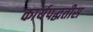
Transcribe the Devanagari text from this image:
कार्यपद्धतीस